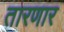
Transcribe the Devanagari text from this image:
तारणार